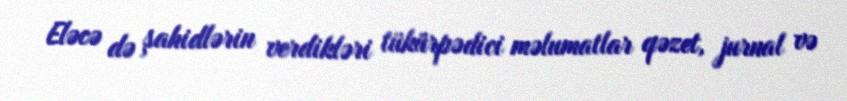
Eləcə də şahidlərin verdikləri tükürpədici məlumatlar qəzet, jurnal və